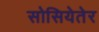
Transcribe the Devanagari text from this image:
सोसियेतेर